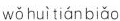
wǒ huì tìan bǐao